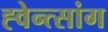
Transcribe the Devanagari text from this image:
ह्वेन्त्सांग